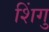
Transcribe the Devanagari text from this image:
शिंगु